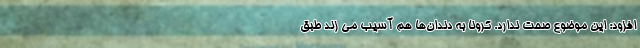
افزود: این موضوع صحت ندارد. کرونا به دندان‌ها هم آسیب می زند طبق